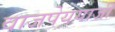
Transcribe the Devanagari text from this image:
वाजपेययाजी